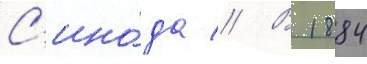
С'ино́да // В 1884